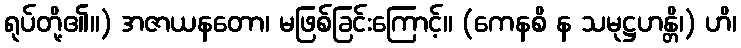
ရုပ်တို့၏။) အဇာယနတော၊ မဖြစ်ခြင်းကြောင့်။ (ကေနစိ န သမုဋ္ဌဟန္တိ၊) ဟိ၊